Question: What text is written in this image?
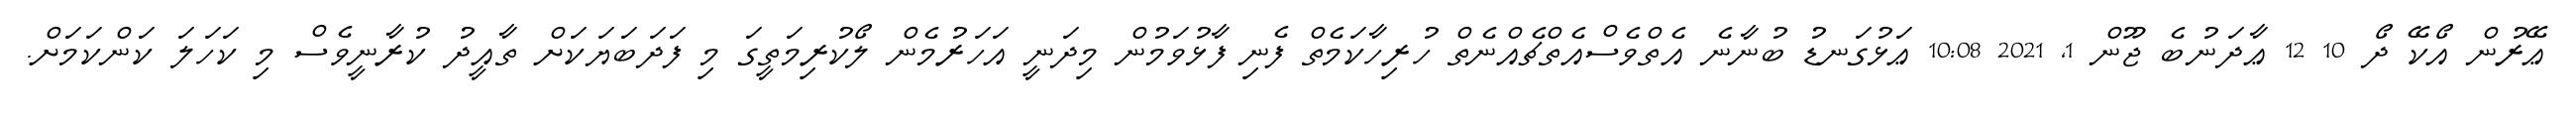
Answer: ޢޭރުން އޯކޭ ދޯ 10 12 ޢާދަނުބެ ޖޫން 1, 2021 10:08 ޢަޅުގަނޑު ބުނާނެ އެތްވެސްއެތްޗެއްނެތް ހުރިހާކަމެތް ފެނި ފާޅުވަމުން މިދަނީ އަހަރުމެން ލޯކުރިމަތީގަ މި ފަދަބަޔަކަށް ތާއީދު ކުރާނީވެސް މި ކަހަލަ ކަންކަމަށް.